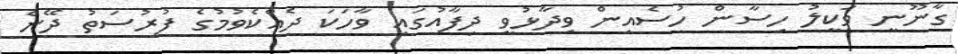
ގާނޫނީ ވަކީލު ހިސާން ހުސެއިން ވިދާޅުވީ ދިފާއުގައި ވާހަކަ ދެއްކެވުމުގެ ފުރުސަތު ދޭނެ